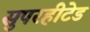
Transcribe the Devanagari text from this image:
सुपरहीटेड